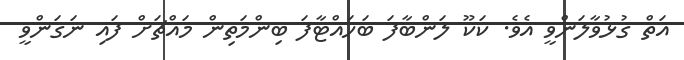
އަތް ގުޅުވާލަންވީ އެވެ. ކަކޫ ލަންބާފަ ބަހައްޓާފަ ބިންމަތިން މައްޗަށް ފައި ނަގަންވީ